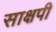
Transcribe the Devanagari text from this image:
साक्षपी